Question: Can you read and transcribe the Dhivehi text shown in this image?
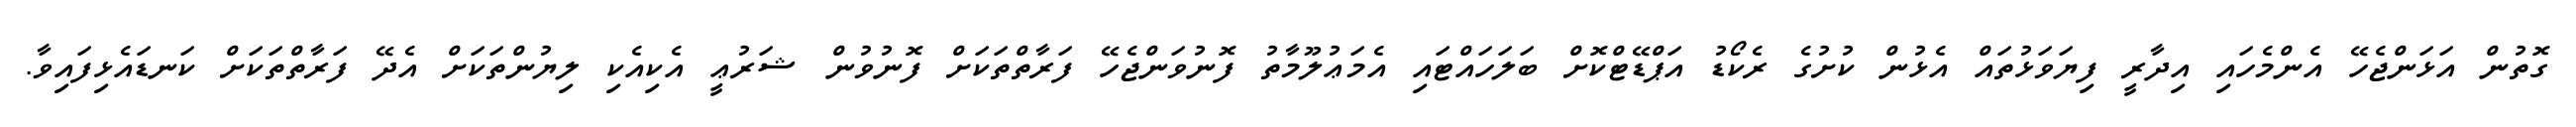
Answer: ގޮތުން އަޅަންޖެހޭ އެންމެހައި އިދާރީ ފިޔަވަޅުތައް އެޅުން ކުށުގެ ރެކޯޑު އަޕްޑޭޓްކޮށް ބަލަހައްޓައި އެމަޢުލޫމާތު ފޮނުވަންޖެހޭ ފަރާތްތަކަށް ފޮނުވުން ޝަރުޢީ އެކިއެކި ލިޔުންތަކަށް އެދޭ ފަރާތްތަކަށް ކަނޑައެޅިފައިވާ.